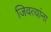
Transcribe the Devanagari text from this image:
जिवत्यांना